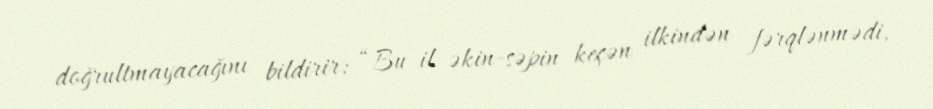
doğrultmayacağını bildirir: “Bu il əkin-səpin keçən ilkindən fərqlənmədi,